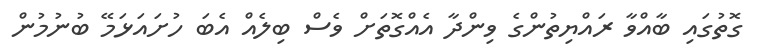
ގޮތުގައި ބާއްވާ ރައްޔިތުންގެ ވިންދާ އެއްގޮތަށް ވެސް ބިލެއް އެބަ ހުށައަޅަމޭ ބުނުމުން